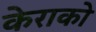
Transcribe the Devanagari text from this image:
केराको